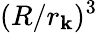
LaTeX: (R/r_{\mathbf{k}})^{3}